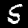
Label: 5